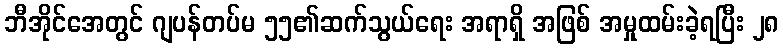
ဘီအိုင်အေတွင် ဂျပန်တပ်မ ၅၅၏ဆက်သွယ်ရေး အရာရှိ အဖြစ် အမှုထမ်းခဲ့ရပြီး ၂၈